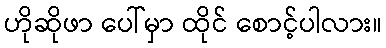
ဟိုဆိုဖာ ပေါ်မှာ ထိုင် စောင့်ပါလား။